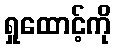
ရှုထောင့်ကို